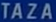
TAZAR